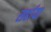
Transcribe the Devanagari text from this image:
सर्हाया